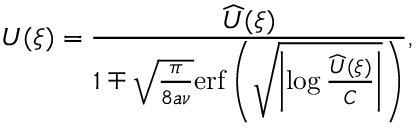
U ( \xi ) = \frac { \widehat { U } ( \xi ) } { 1 \mp \sqrt { \frac { \pi } { 8 a \nu } } \mathrm { e r f } \left( \sqrt { \left| \log \frac { \widehat { U } ( \xi ) } { C } \right| } \right) } ,